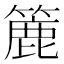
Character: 簏